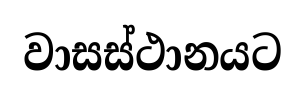
වාසස්ථානයට